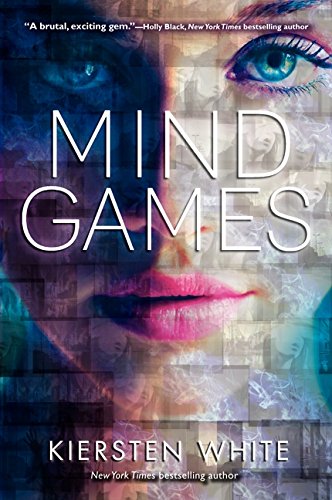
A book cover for Mind Games; Kiersten White; Teen & Young Adult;